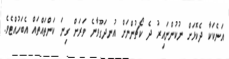
އަނެކަކާ ދެކޮޅަށް ނުކުންނައިރު ދެ ކޯޗުންނަށް އުނދަގޫވާނެ ވަރަށް ގިނަ ކަންތައްތައް އެބަހުއްޓެވެ.